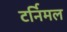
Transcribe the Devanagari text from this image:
टर्निमल